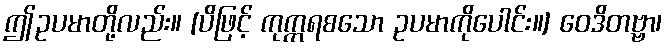
ဤဥပမာတို့လည်း။ [ပိဖြင့် ကုက္ကရစသော ဥပမာကိုပေါင်း။] ဝေဒိတဗ္ဗာ၊